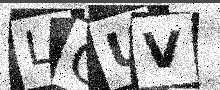
Text: LQUV